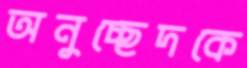
অনুচ্ছেদকে